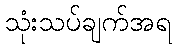
သုံးသပ်ချက်အရ